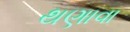
થણાવા